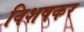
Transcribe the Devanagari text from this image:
विशषकर